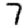
Digit: 7